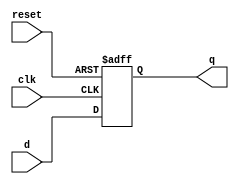
module register7(input wire clk, input wire reset, input wire [6:0] d, output reg [6:0] q);
    always @(posedge clk, posedge reset) begin
        if(reset) q <= 7'b0000_000;
        else q <= d;
    end
endmodule